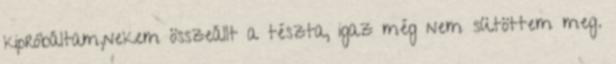
kipróbáltam,nekem összeállt a tészta, igaz még nem sütöttem meg.